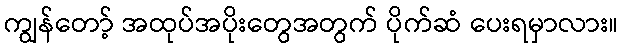
ကျွန်တော့် အထုပ်အပိုးတွေအတွက် ပိုက်ဆံ ပေးရမှာလား။